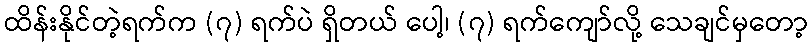
ထိန်းနိုင်တဲ့ရက်က (၇) ရက်ပဲ ရှိတယ် ပေါ့၊ (၇) ရက်ကျော်လို့ သေချင်မှတော့